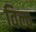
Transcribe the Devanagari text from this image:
विल्व